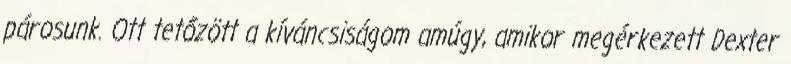
párosunk. Ott tetőzött a kíváncsiságom amúgy, amikor megérkezett Dexter